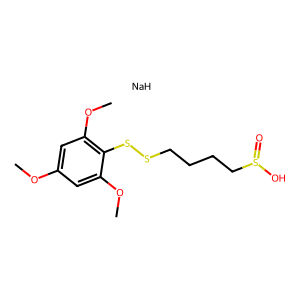
SMILES: COc1cc(OC)c(SSCCCCS(=O)O)c(OC)c1.[NaH]
Inhibits HIV replication: No